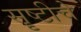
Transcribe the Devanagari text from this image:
सॄष्टीचे